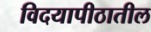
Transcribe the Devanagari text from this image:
विदयापीठातील